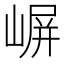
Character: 𫶈